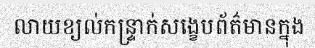
លាយខ្យល់កន្ទ្រាក់សង្ខេបព័ត៌មានក្នុង